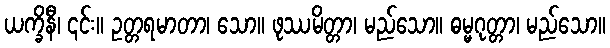
ယက္ခိနီ၊ ၎င်း။ ဥတ္တရမာတာ၊ သော။ ဖုဿမိတ္တာ၊ မည်သော။ ဓမ္မဂုတ္တာ၊ မည်သော။